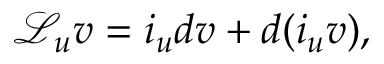
\mathcal { L } _ { u } v = i _ { u } d v + d ( i _ { u } v ) ,